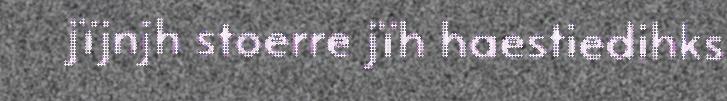
jïjnjh stoerre jïh haestiedihks